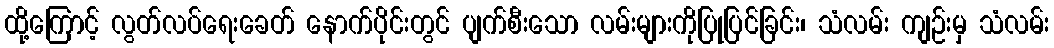
ထို့ကြောင့် လွတ်လပ်ရေးခေတ် နောက်ပိုင်းတွင် ပျက်စီးသော လမ်းများကိုပြုပြင်ခြင်း၊ သံလမ်း ကျဉ်းမှ သံလမ်း